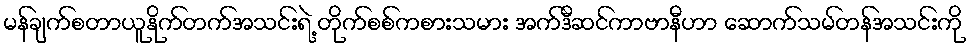
မန်ချက်စတာယူနိုက်တက်အသင်းရဲ့ တိုက်စစ်ကစားသမား အက်ဒီဆင်ကာဗာနီဟာ ဆောက်သမ်တန်အသင်းကို